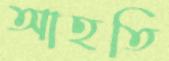
আহতি